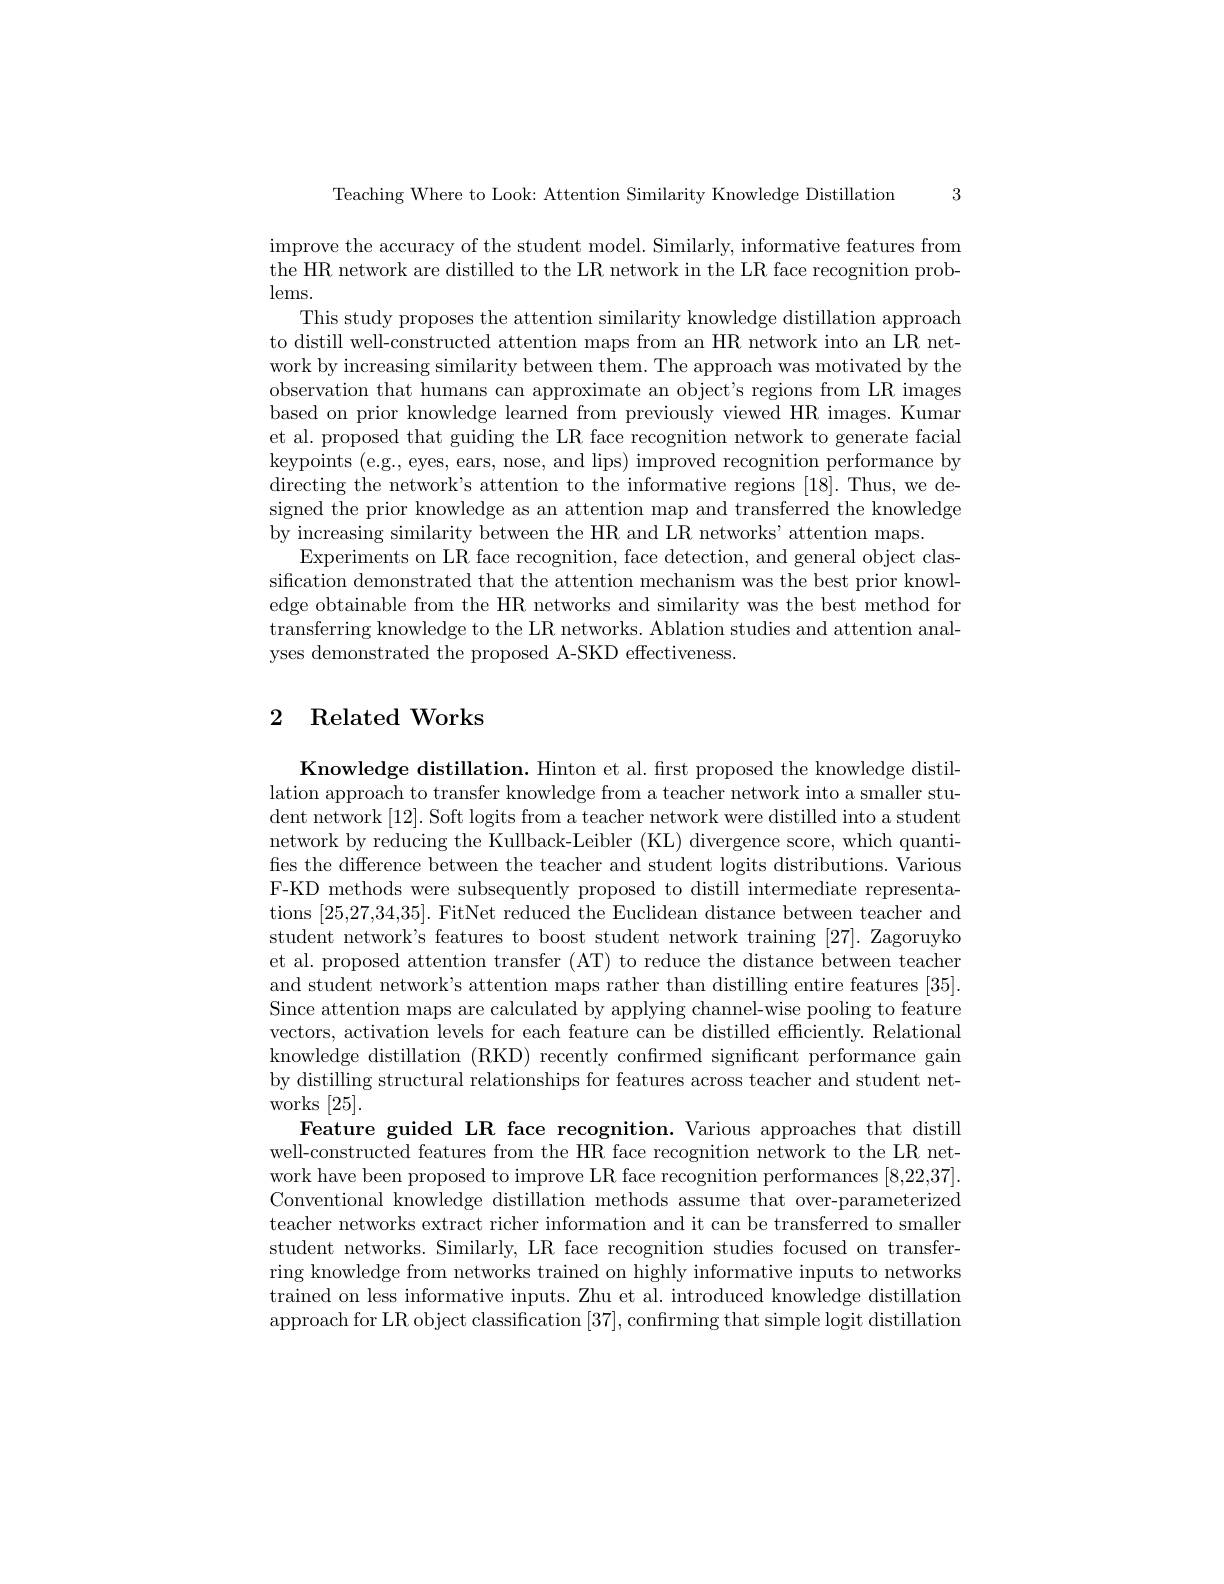
3

Teaching Where to Look: Attention Similarity Knowledge Distillation

improve the accuracy of the student model. Similarly, informative features from the HR network are distilled to the LR network in the LR face recognition problems.

This study proposes the attention similarity knowledge distillation approach to distill well-constructed attention maps from an HR network into an LR network by increasing similarity between them. The approach was motivated by the observation that humans can approximate an object's regions from LR images based on prior knowledge learned from previously viewed HR images. Kumar et al. proposed that guiding the LR face recognition network to generate facial keypoints (e.g., eyes, ears, nose, and lips) improved recognition performance by directing the network's attention to the informative regions [18]. Thus, we designed the prior knowledge as an attention map and transferred the knowledge by increasing similarity between the HR and LR networks' attention maps.
Experiments on LR face recognition, face detection, and general object classification demonstrated that the attention mechanism was the best prior knowledge obtainable from the HR networks and similarity was the best method for transferring knowledge to the LR networks. Ablation studies and attention analyses demonstrated the proposed A-SKD effectiveness.

# 2 Related Works

Knowledge distillation. Hinton et al. first proposed the knowledge distillation approach to transfer knowledge from a teacher network into a smaller student network [12]. Soft logits from a teacher network were distilled into a student network by reducing the Kullback-Leibler (KL) divergence score, which quantifies the difference between the teacher and student logits distributions. Various F-KD methods were subsequently proposed to distill intermediate representations [25,27,34,35]. FitNet reduced the Euclidean distance between teacher and student network's features to boost student network training [27]. Zagoruyko et al. proposed attention transfer (AT) to reduce the distance between teacher and student network's attention maps rather than distilling entire features [35]. Since attention maps are calculated by applying channel-wise pooling to feature vectors, activation levels for each feature can be distilled efficiently. Relational knowledge distillation (RKD) recently confırmed significant performance gain by distilling structural relationships for features across teacher and student networks [25].
Feature guided LR face recognition. Various approaches that distill well-constructed features from the HR face recognition network to the LR network have been proposed to improve LR face recognition performances [8,22,37]. Conventional knowledge distillation methods assume that over-parameterized teacher networks extract richer information and it can be transferred to smaller student networks. Similarly, LR face recognition studies focused on transferring knowledge from networks trained on highly informative inputs to networks trained on less informative inputs. Zhu et al. introduced knowledge distillation approach for LR object classification [37],confırming that simple logit distillation